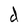
Character: d